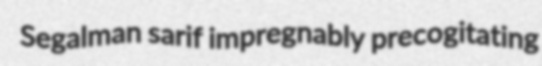
Segalman sarif impregnably precogitating